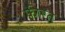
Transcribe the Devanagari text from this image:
फीरत